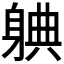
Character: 𬧦